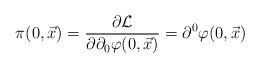
LaTeX: \begin{align*}\pi(0,\vec x)= {\partial {\cal L} \over \partial \partial_0\varphi(0,\vec x)} =\partial^0 \varphi(0,{\vec x})\end{align*}